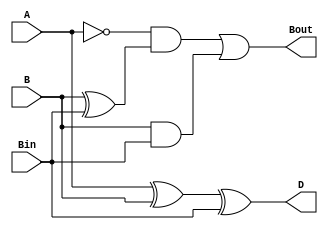
module full_sub (D, Bin, Bout, A, B);
    input A, B, Bin; 
	output Bout, D;

	assign D = A ^ B ^ Bin;
	assign Bout = (~A & (B^Bin)) | (B & Bin);
         
endmodule